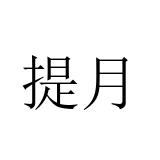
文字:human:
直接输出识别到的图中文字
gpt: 提月